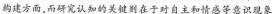
构建方面，而研究认知的关键则在于对自主和情感等意识现象